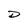
Character: D